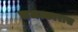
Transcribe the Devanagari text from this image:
चमत्कारास